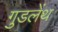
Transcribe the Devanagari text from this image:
गुडलेंथ